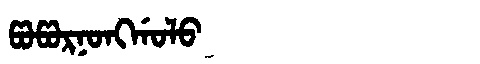
Manchu: ᡦᠣᡦᠣᡵᠨᠣᠩᡤᠣᠯᠣ
Romanization: POPORNONGGOLO